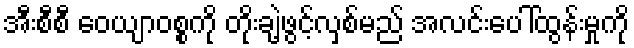
အီးစီစီ ဝေယျာဝစ္စကို တိုးချဲ့ဖွင့်လှစ်မည် အလင်းပေါ်ထွန်းမှုကို